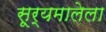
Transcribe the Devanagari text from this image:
सूर्यमालेला